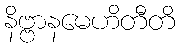
နိဗ္ဗာနမေဟိတီတိ